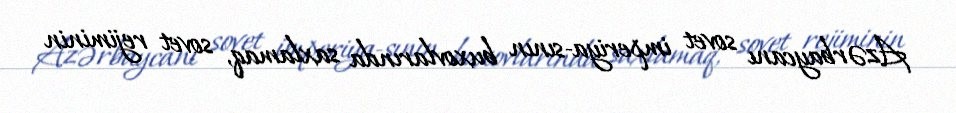
Azərbaycanı sovet imperiya­sının buxovlarında saxlamaq, sovet rejiminin